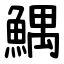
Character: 鰅